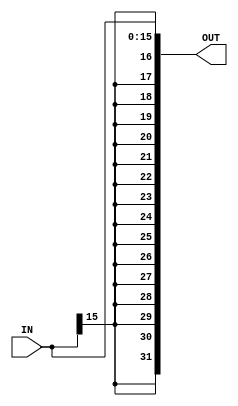
/* SignExtender.v
 * UMAINE ECE 473
 * Initial Author: Ryan Kinney <ryan.kinney@maine.edu>
 * Description:
    Performs sign extension on a 16 bit input to a 32 bit output.
	 Copies the most significant bit of the input 16 times.
*/

module SignExtender(IN,OUT);
		input wire [15:0] IN;
		output wire [31:0] OUT;
		
		
		//assign OUT = {16{IN[15]},IN};
		assign OUT = { {16{IN[15]}}, IN };
endmodule